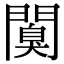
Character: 𨶑